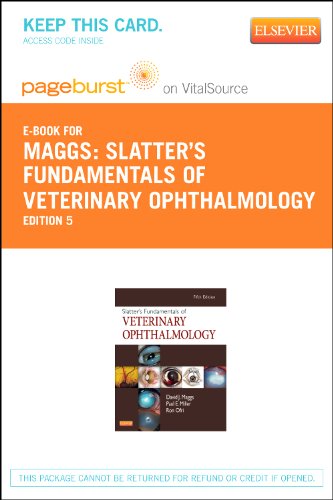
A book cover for Slatter's Fundamentals of Veterinary Ophthalmology - Pageburst E-Book on VitalSource (Retail Access Card), 5e; David Maggs BVSc(Hons)  DAVCO; Medical Books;